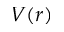
V ( r )